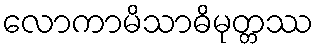
လောကာမိသာဓိမုတ္တဿ